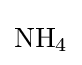
{\mathrm {NH} {\vphantom {A}}_{\smash[{t}]{4}}}